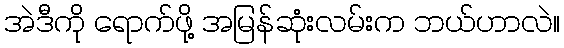
အဲဒီကို ရောက်ဖို့ အမြန်ဆုံးလမ်းက ဘယ်ဟာလဲ။